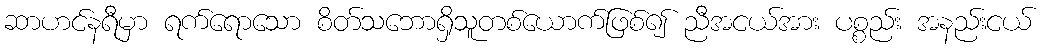
ဆာဟင်နရီမှာ ရက်ရောသော စိတ်သဘောရှိသူတစ်ယောက်ဖြစ်၍ ညီအငယ်အား ပစ္စည်း အနည်းငယ်